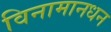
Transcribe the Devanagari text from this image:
विनामानधन